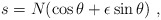
\begin{align*} s = N(\cos \theta + \epsilon \sin \theta)~,\end{align*}